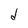
Character: d